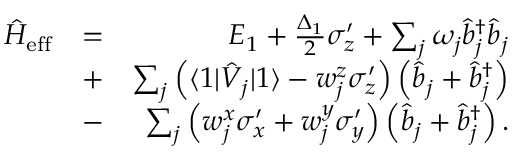
\begin{array} { r l r } { \hat { H } _ { \mathrm { e f f } } } & { = } & { E _ { 1 } + \frac { \Delta _ { 1 } } { 2 } \sigma _ { z } ^ { \prime } + \sum _ { j } \omega _ { j } \hat { b } _ { j } ^ { \dagger } \hat { b } _ { j } } \\ & { + } & { \sum _ { j } \left( \langle 1 | \hat { V } _ { j } | 1 \rangle - w _ { j } ^ { z } \sigma _ { z } ^ { \prime } \right) \left( \hat { b } _ { j } + \hat { b } _ { j } ^ { \dagger } \right) } \\ & { - } & { \sum _ { j } \left( w _ { j } ^ { x } \sigma _ { x } ^ { \prime } + w _ { j } ^ { y } \sigma _ { y } ^ { \prime } \right) \left( \hat { b } _ { j } + \hat { b } _ { j } ^ { \dagger } \right) . } \end{array}